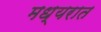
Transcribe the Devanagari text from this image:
मध्यरात